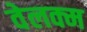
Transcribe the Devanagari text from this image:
वेलक्म